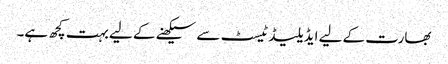
بھارت کے لیے ایڈیلیڈ ٹیسٹ سے سیکھنے کے لیے بہت کچھ ہے۔